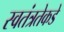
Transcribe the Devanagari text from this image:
स्वतंत्रतेकडे